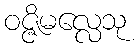
ဝဇ္ဇိမလ္လေသု